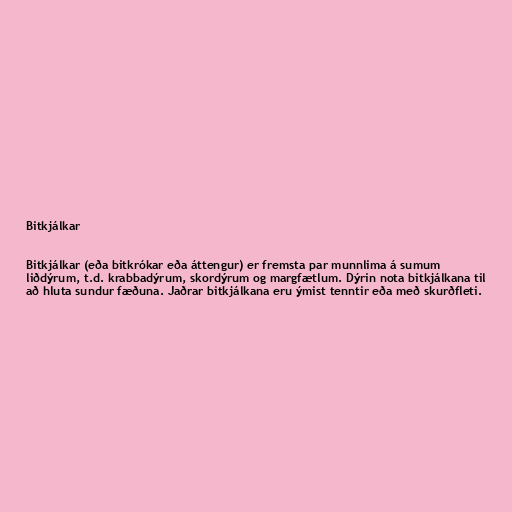
Bitkjálkar

Bitkjálkar (eða bitkrókar eða áttengur) er fremsta par munnlima á sumum
liðdýrum, t.d. krabbadýrum, skordýrum og margfætlum. Dýrin nota bitkjálkana til
að hluta sundur fæðuna. Jaðrar bitkjálkana eru ýmist tenntir eða með skurðfleti.